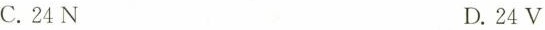
C.24N D.24V